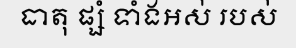
ធាតុ ផ្សំ ទាំងអស់ របស់